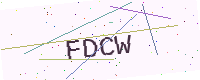
Text: FDCW